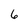
Character: 6